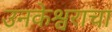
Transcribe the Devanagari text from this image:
उनकेश्वराचा